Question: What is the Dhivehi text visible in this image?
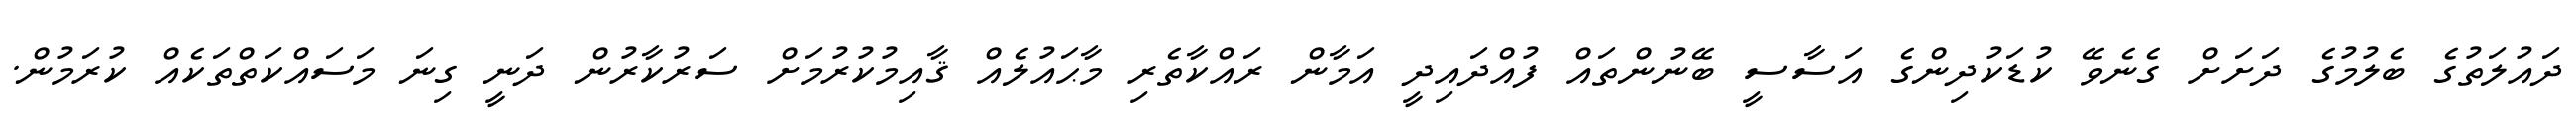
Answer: ދައުލަތުގެ ބެލުމުގެ ދަށަށް ގެނެވޭ ކުޑަކުދިންގެ އަސާސީ ބޭނުންތައް ފުއްދައިދީ އަމާން ރައްކާތެރި މާޙައުލެއް ޤާއިމުކުރުމަށް ސަރުކާރުން ދަނީ ގިނަ މަސައްކަތްތަކެއް ކުރަމުން.